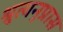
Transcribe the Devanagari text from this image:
श्रुत्यनुप्रास